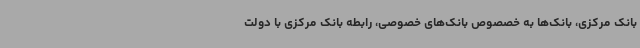
بانک مرکزی، بانک‌ها به خصصوص بانک‌های خصوصی، رابطه بانک مرکزی با دولت